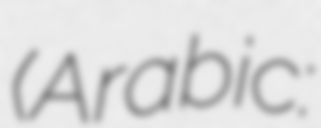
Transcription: (Arabic: